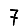
Digit: 7